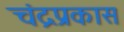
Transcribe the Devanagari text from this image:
चंद्रप्रकास